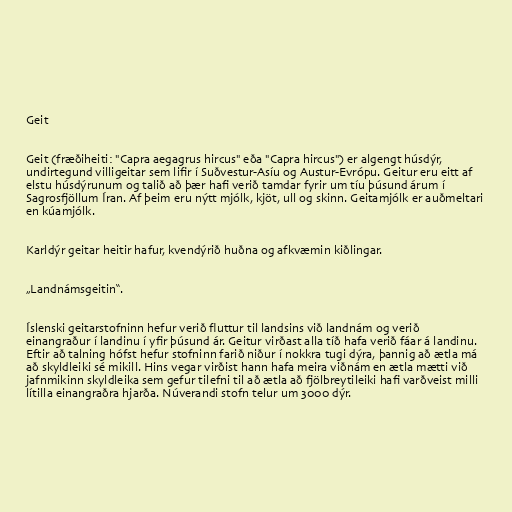
Geit

Geit (fræðiheiti: "Capra aegagrus hircus" eða "Capra hircus") er algengt húsdýr,
undirtegund villigeitar sem lifir í Suðvestur-Asíu og Austur-Evrópu. Geitur eru eitt af
elstu húsdýrunum og talið að þær hafi verið tamdar fyrir um tíu þúsund árum í
Sagrosfjöllum Íran. Af þeim eru nýtt mjólk, kjöt, ull og skinn. Geitamjólk er auðmeltari
en kúamjólk.

Karldýr geitar heitir hafur, kvendýrið huðna og afkvæmin kiðlingar.

„Landnámsgeitin“.

Íslenski geitarstofninn hefur verið fluttur til landsins við landnám og verið
einangraður í landinu í yfir þúsund ár. Geitur virðast alla tíð hafa verið fáar á landinu.
Eftir að talning hófst hefur stofninn farið niður í nokkra tugi dýra, þannig að ætla má
að skyldleiki sé mikill. Hins vegar virðist hann hafa meira viðnám en ætla mætti við
jafnmikinn skyldleika sem gefur tilefni til að ætla að fjölbreytileiki hafi varðveist milli
lítilla einangraðra hjarða. Núverandi stofn telur um 3000 dýr.